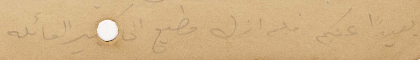
بعيدًا عنكم فلم ازل مطيع الى كبير العائلة